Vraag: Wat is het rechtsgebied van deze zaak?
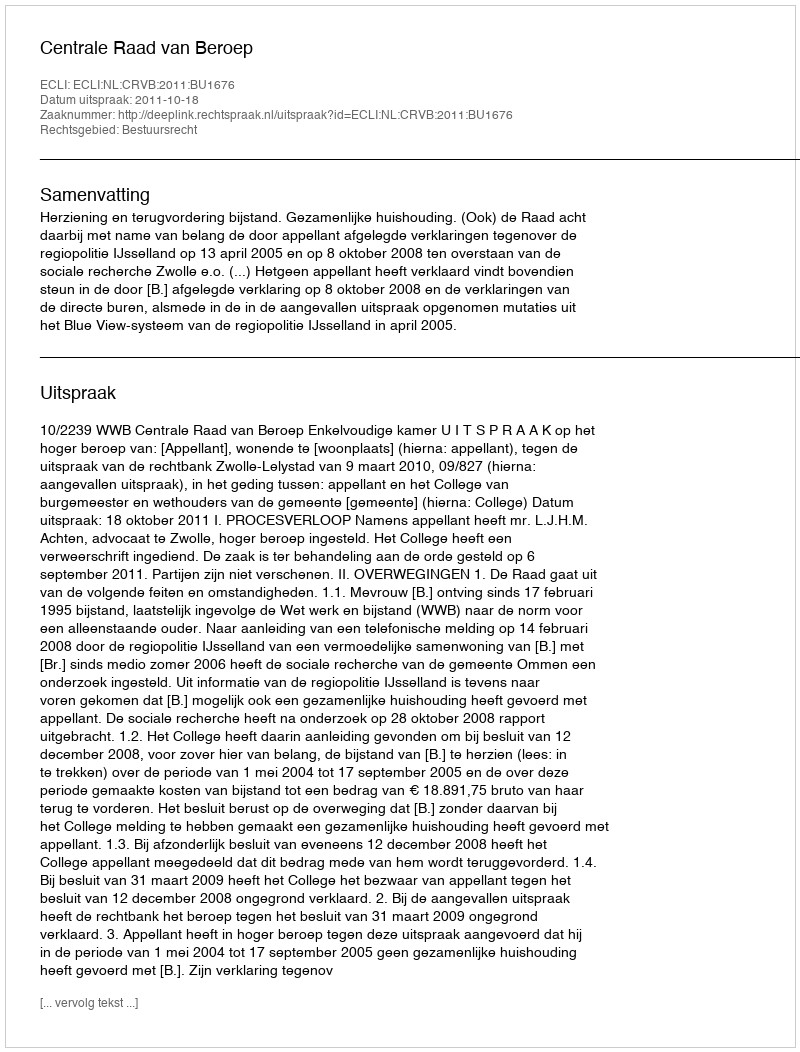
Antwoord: Bestuursrecht